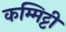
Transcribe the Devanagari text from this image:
कम्मिट्टी